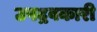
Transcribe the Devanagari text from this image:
उपद्रवकारी